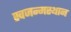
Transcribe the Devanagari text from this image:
स्वजन्मस्थान